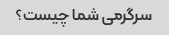
سرگرمی شما چیست؟